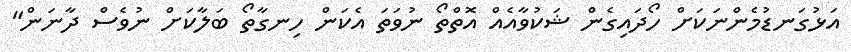
އަޅުގަނޑުމެންނަކަށް ހޯދައިގެން ޝަކުވާއެއް އޮތްތޯ ނުވަތަ އެކަން ހިނގާތޯ ބަލާކަށް ނުވެސް ދާނަން"